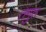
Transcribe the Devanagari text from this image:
तंगुत